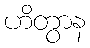
ဟိတွာန